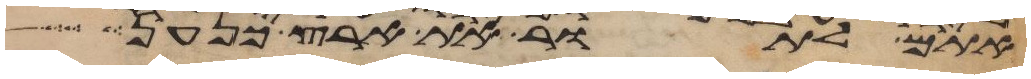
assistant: אתם לתור את ארץ כנען